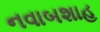
નવાબશાહ